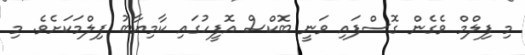
މި ފިލްމް ވެގެން ގޮސްފައި ވަނީ ބޮކްސް އޮފީހުގައި ކާމިޔާބު ފިލްމަކަށެވެ. މި